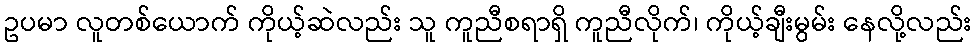
ဥပမာ လူတစ်ယောက် ကိုယ့်ဆဲလည်း သူ ကူညီစရာရှိ ကူညီလိုက်၊ ကိုယ့်ချီးမွမ်း နေလို့လည်း